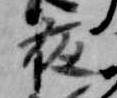
夜